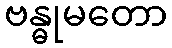
ဗန္ဓုမတော